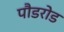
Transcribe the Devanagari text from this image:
पौडरोड